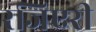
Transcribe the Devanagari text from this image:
रजिएरी